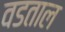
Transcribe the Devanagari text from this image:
वडताल